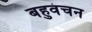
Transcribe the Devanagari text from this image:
बहुवंचन